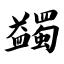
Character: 蠲